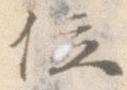
位